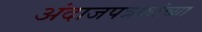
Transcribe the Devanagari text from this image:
अंदाजपत्रकांच्या